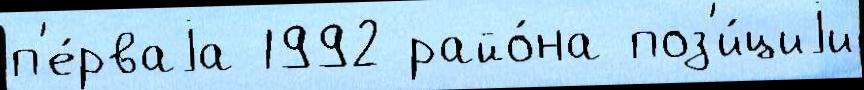
п'е́рваjа 1992 райо́на поз'и́циjи